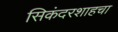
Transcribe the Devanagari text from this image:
सिकंदरशाहचा